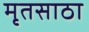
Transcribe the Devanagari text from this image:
मृतसाठा